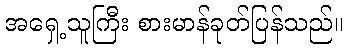
အရှေ့သူကြီး စားမာန်ခုတ်ပြန်သည်။